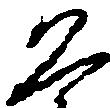
恐